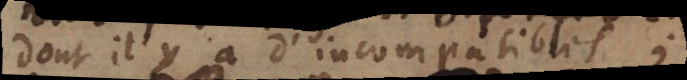
dont il y a d’incompatibles;